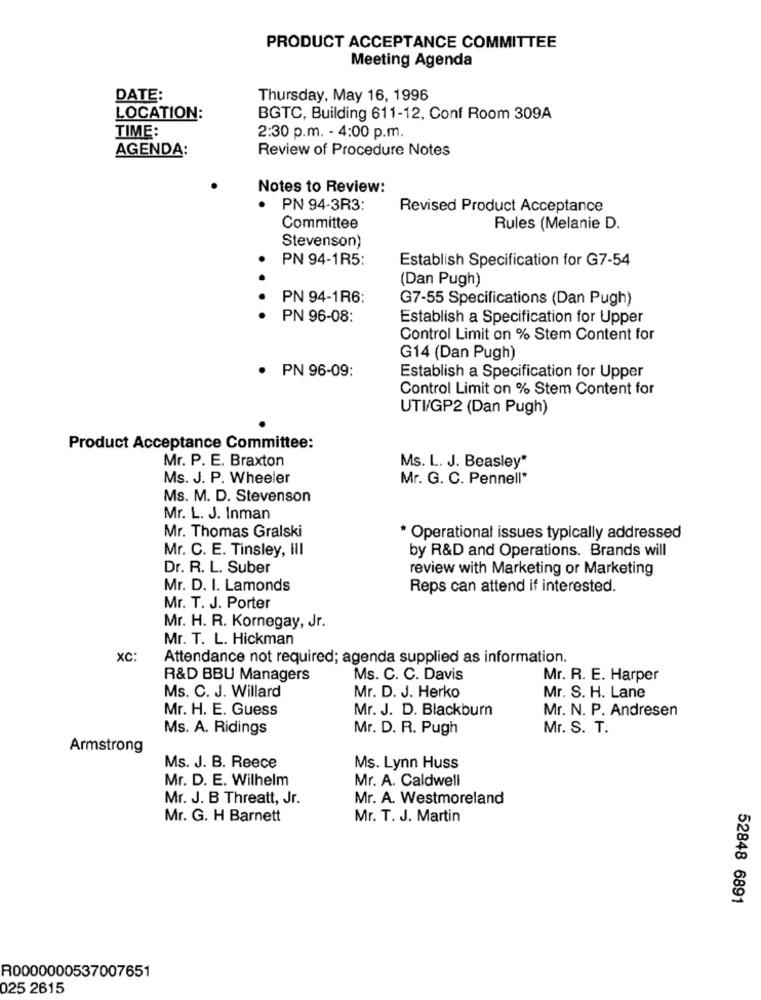
PRODUCT ACCEPTANCE COMMITTEE
Meeting Agenda
DATE:
Thursday, May 16, 1996
LOCATION:
BGTC, Building 611-12, Conf Room 309A
TIME:
2:30 p.m. - 4:00 p.m.
AGENDA:
Review of Procedure Notes
Notes to Review:
PN 94-3R3:
Revised Product Acceptance
Committee
Rules (Melanie D.
Stevenson)
PN 94-1R5:
Establish Specification for G7-54
. .
(Dan Pugh)
PN 94-1R6:
G7-55 Specifications (Dan Pugh)
PN 96-08:
Establish a Specification for Upper
Control Limit on % Stem Content for
G14 (Dan Pugh)
· PN 96-09:
Establish a Specification for Upper
Control Limit on % Stem Content for
UTI/GP2 (Dan Pugh)
Product Acceptance Committee:
Mr. P. E. Braxton
Ms. L. J. Beasley"
Ms. J. P. Wheeler
Mr. G. C. Pennell*
Ms. M. D. Stevenson
Mr. L. J. Inman
Mr. Thomas Gralski
* Operational issues typically addressed
Mr. C. E. Tinsley, III
by R&D and Operations. Brands will
Dr. R. L. Suber
review with Marketing or Marketing
Mr. D. I. Lamonds
Reps can attend if interested.
Mr. T. J. Porter
Mr. H. R. Kornegay, Jr.
Mr. T. L. Hickman
XC:
Attendance not required; agenda supplied as information.
R&D BBU Managers
Ms. C. C. Davis
Mr. R. E. Harper
Ms. C. J. Willard
Mr. D. J. Herko
Mr. S. H. Lane
Mr. H. E. Guess
Mr. J. D. Blackburn
Mr. N. P. Andresen
Ms. A. Ridings
Mr. D. R. Pugh
Mr. S. T.
Armstrong
Ms. J. B. Reece
Ms. Lynn Huss
Mr. D. E. Wilhelm
Mr. A. Caldwell
Mr. J. B Threatt, Jr.
Mr. A. Westmoreland
Mr. G. H Barnett
Mr. T. J. Martin
52848 6891
R0000000537007651
025 2615